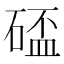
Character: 𥔦